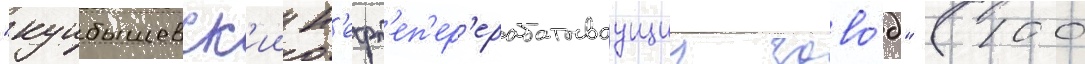
"куибышевск'ии н'ефт'еп'ер'ерабатываущии заво́д" (100